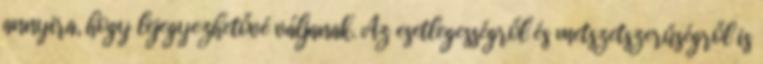
annyira, hogy lejegyezhetővé váljanak. Az esetlegességről és metszetszerűségről is